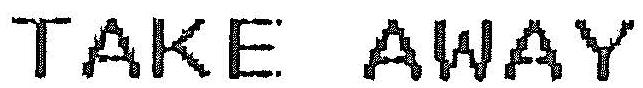
TAKE AWAY